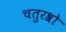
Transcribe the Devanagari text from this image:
चतुरश्रो